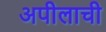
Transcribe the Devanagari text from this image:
अपीलाची